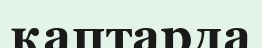
қаптарда